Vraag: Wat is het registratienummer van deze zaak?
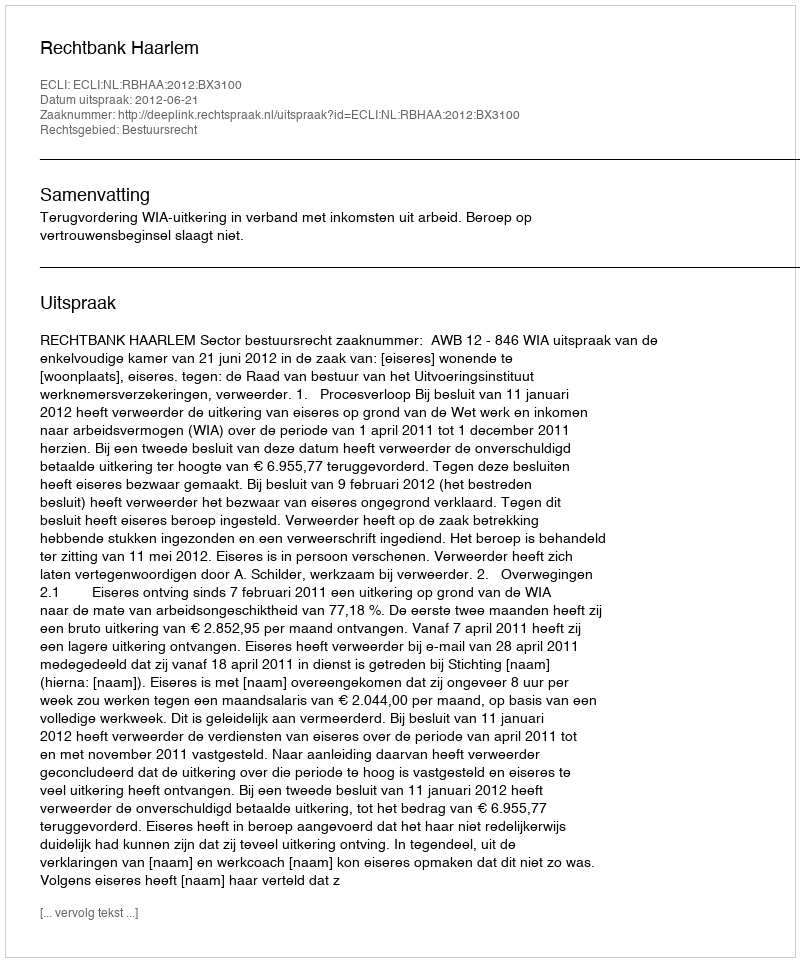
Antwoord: http://deeplink.rechtspraak.nl/uitspraak?id=ECLI:NL:RBHAA:2012:BX3100